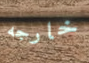
خارجه